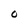
Character: O